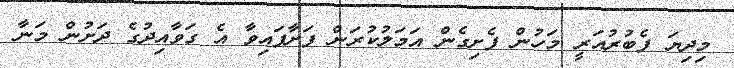
މިދިޔަ ފެބުރުއަރީ މަހުން ފެށިގެން އަމަލުކުރަން ފަށާފައިވާ އެ ގަވާއިދުގެ ދަށުން މަނާ